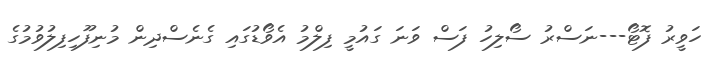
ހަވީރު ފޮޓޯ---ނަސްރު ސޯލިހު ފަސް ވަނަ ގައުމީ ފިލްމު އެވޯޑުގައި ގެނެސްދިން މުނިފޫހިފިލުވުމުގެ